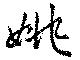
姚